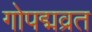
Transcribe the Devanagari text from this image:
गोपद्मव्रत